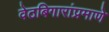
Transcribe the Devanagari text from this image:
वेठबिगारांप्रमाणे